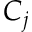
C _ { j }